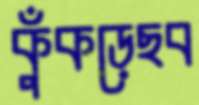
কুঁকড়েছব